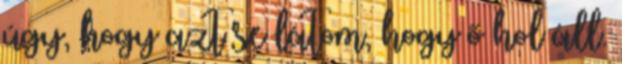
úgy, hogy azt se látom, hogy ő hol áll.